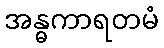
အန္ဓကာရတမံ